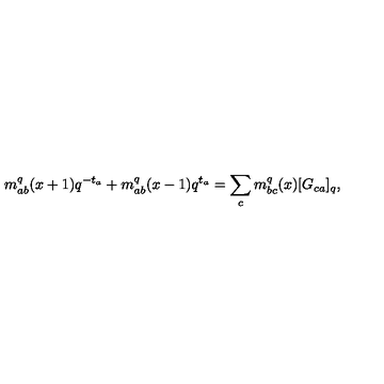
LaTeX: m _ { a b } ^ { q } ( x + 1 ) q ^ { - t _ { a } } + m _ { a b } ^ { q } ( x - 1 ) q ^ { t _ { a } } = \sum _ { c } m _ { b c } ^ { q } ( x ) [ G _ { c a } ] _ { q } ,